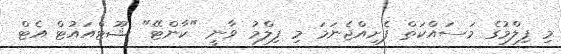
މި ފިލްމުގެ މަސައްކަތް ފެށިއްޖެނަމަ މި ފިލްމު ވާނީ "ކާންޓޭ" ޝޫޓްއައުޓް އެޓް